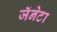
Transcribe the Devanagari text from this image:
जॅनेटा